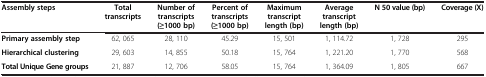
<table><thead><tr><td><b>Assembly steps</b></td><td><b>Total transcripts</b></td><td><b>Number of transcripts (≥1000 bp)</b></td><td><b>Percent of transcripts (≥1000 bp)</b></td><td><b>Maximum transcript length (bp)</b></td><td><b>Average transcript length (bp)</b></td><td><b>N 50 value (bp)</b></td><td><b>Coverage (X)</b></td></tr></thead><tbody><tr><td><b>Primary assembly step</b></td><td>62, 065</td><td>28, 110</td><td>45.29</td><td>15, 501</td><td>1, 114.72</td><td>1, 728</td><td>295</td></tr><tr><td><b>Hierarchical clustering</b></td><td>29, 603</td><td>14, 855</td><td>50.18</td><td>15, 764</td><td>1, 221.20</td><td>1, 770</td><td>568</td></tr><tr><td><b>Total Unique Gene groups</b></td><td>21, 887</td><td>12, 706</td><td>58.05</td><td>15, 764</td><td>1, 364.09</td><td>1, 805</td><td>667</td></tr></tbody></table>